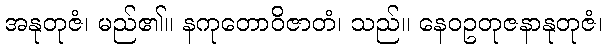
အနုတုဇံ၊ မည်၏။ နကုတောဝိဇာတံ၊ သည်။ နေဝဥတုဇနာနုတုဇံ၊